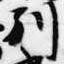
別